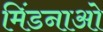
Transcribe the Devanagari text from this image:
मिंडनाओ